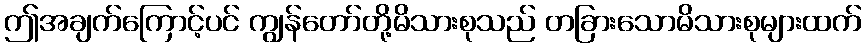
ဤအချက်ကြောင့်ပင် ကျွန်တော်တို့မိသားစုသည် တခြားသောမိသားစုများထက်